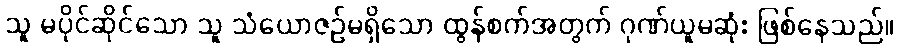
သူ မပိုင်ဆိုင်သော သူ သံယောဇဉ်မရှိသော ထွန်စက်အတွက် ဂုဏ်ယူမဆုံး ဖြစ်နေသည်။